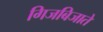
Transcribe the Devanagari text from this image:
गिजबिजाते